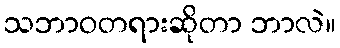
သဘာဝတရားဆိုတာ ဘာလဲ။